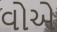
વોએ